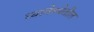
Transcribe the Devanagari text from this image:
व्यावेस्थेतील